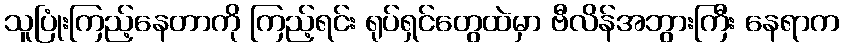
သူပြုံးကြည့်နေတာကို ကြည့်ရင်း ရုပ်ရှင်တွေထဲမှာ ဗီလိန်အဘွားကြီး နေရာက